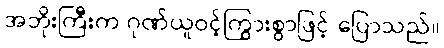
အဘိုးကြီးက ဂုဏ်ယူဝင့်ကြွားစွာဖြင့် ပြောသည်။